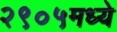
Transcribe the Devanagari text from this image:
२९०५मध्ये